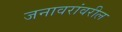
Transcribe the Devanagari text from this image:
जनावरांवरील